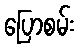
ပြောစမ်း